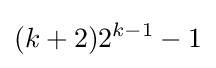
(k+2)2^{k-1}-1